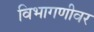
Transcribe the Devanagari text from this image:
विभागणीवर